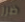
ضرر